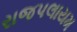
રાજપલાયમ